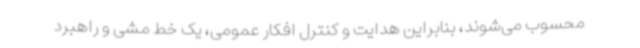
محسوب می‌شوند، بنابراین هدایت و کنترل افکار عمومی، یک خط مشی و راهبرد